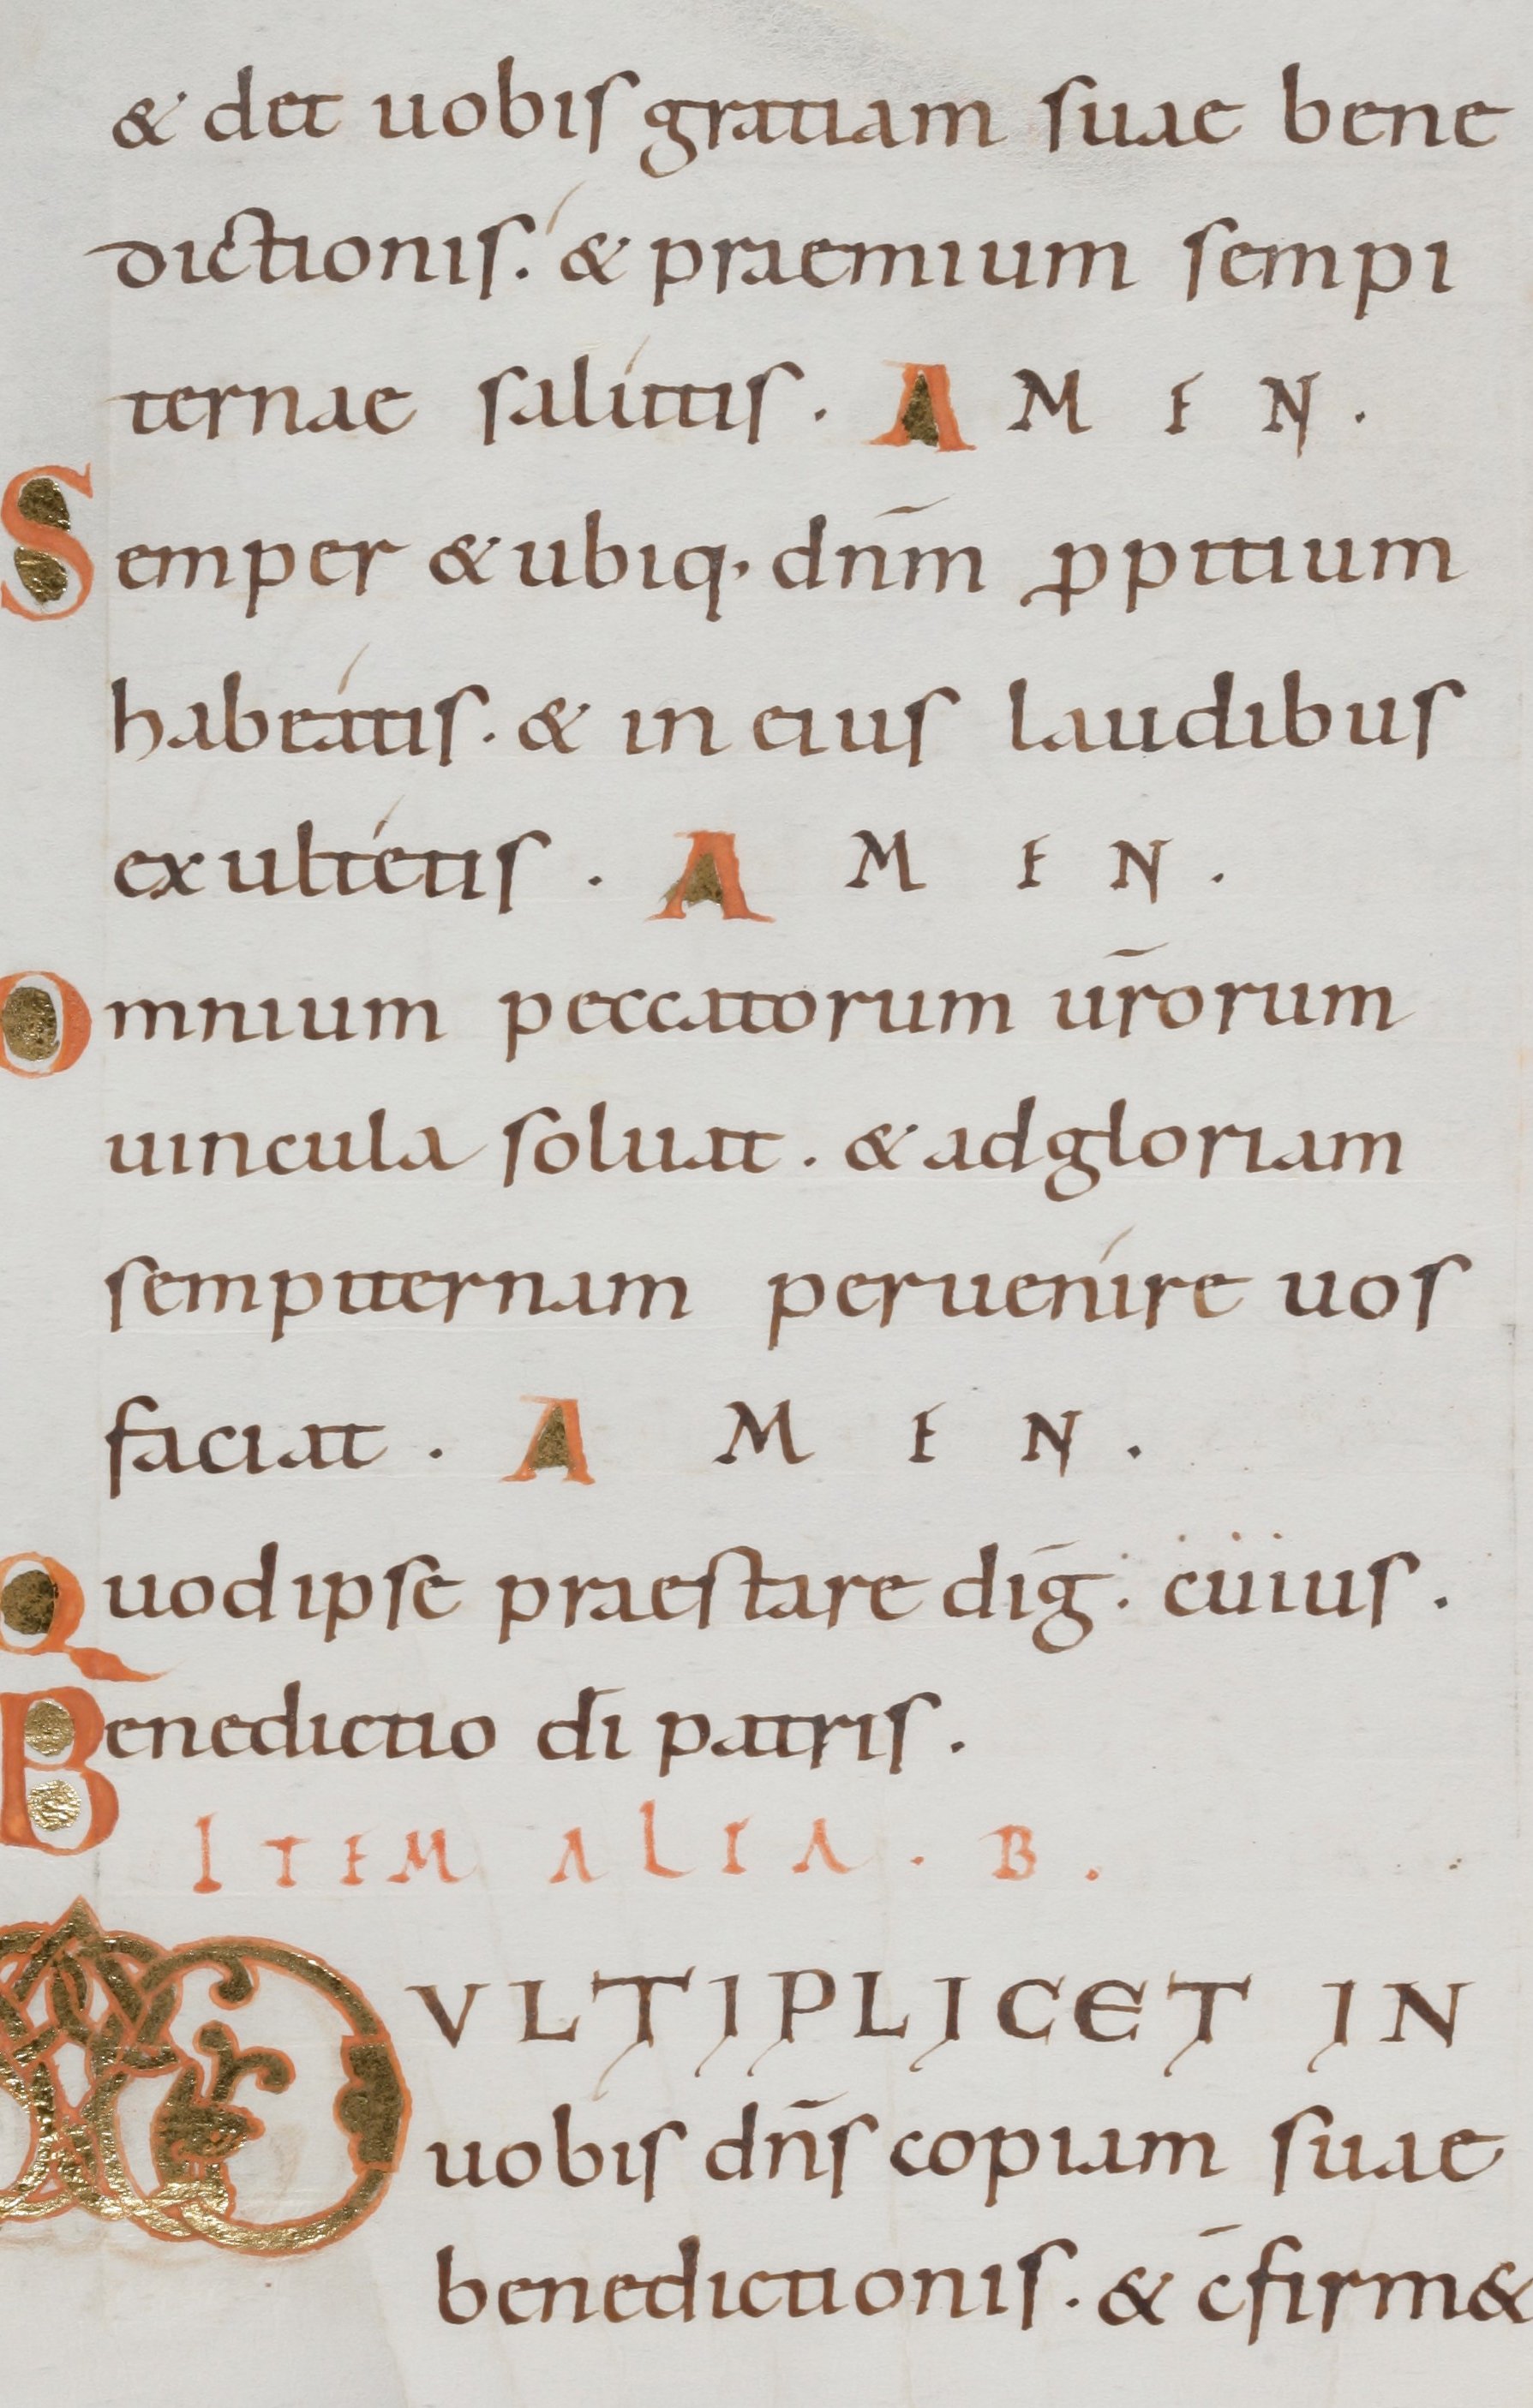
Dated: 1000–1099